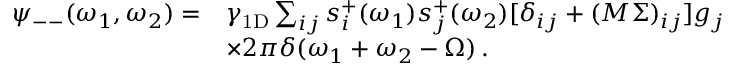
\begin{array} { r l } { \psi _ { -- } ( \omega _ { 1 } , \omega _ { 2 } ) = } & { \gamma _ { \mathrm { 1 D } } \sum _ { i j } s _ { i } ^ { + } ( \omega _ { 1 } ) s _ { j } ^ { + } ( \omega _ { 2 } ) [ \delta _ { i j } + ( M \Sigma ) _ { i j } ] g _ { j } } \\ & { \times 2 \pi \delta ( \omega _ { 1 } + \omega _ { 2 } - \Omega ) \, . } \end{array}